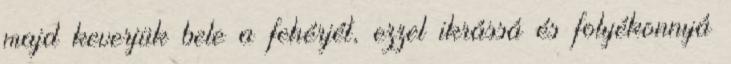
majd keverjük bele a fehérjét, ezzel ikrássá és folyékonnyá